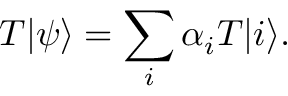
T | \psi \rangle = \sum _ { i } \alpha _ { i } T | i \rangle .